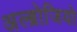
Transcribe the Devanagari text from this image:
अल्ब्रोजियो